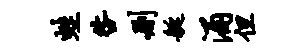
蛙咎删艇涌但